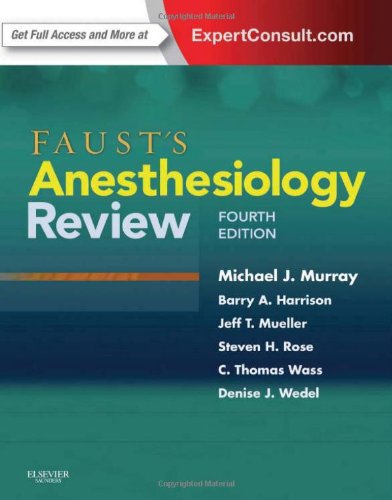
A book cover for Faust's Anesthesiology Review, 4e; Michael J. Murray MD  PhD  FCCM  FCCP; Medical Books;